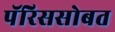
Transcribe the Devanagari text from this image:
पॅरिससोबत